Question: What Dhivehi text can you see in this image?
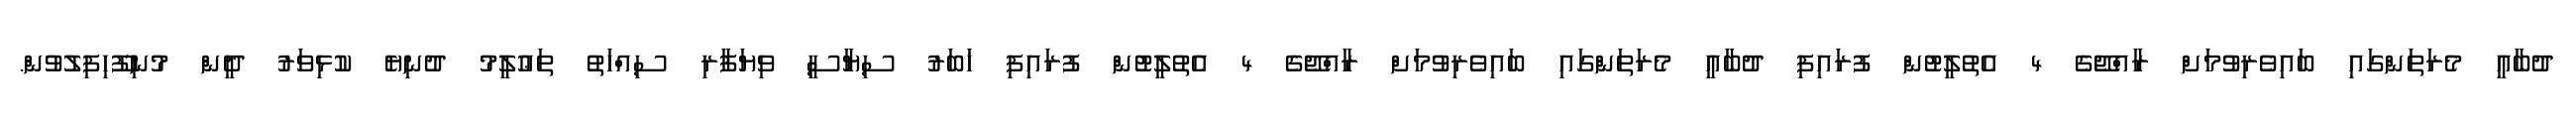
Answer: ދުބާއީ މެރަތަންގައި ބައިވެރިވުމަށް ރާއްޖޭގެ 4 އެތުލީޓުން ފުރައިފި ދުބާއީ މެރަތަންގައި ބައިވެރިވުމަށް ރާއްޖޭގެ 4 އެތުލީޓުން ފުރައިފި ޚަބަރު ސިޔާސީ ވިޔަފާރި ސިއްހަތު ތަޢުލީމު ދުނިޔެ ކުޅިވަރު ދީން މުނިފޫހިފިލުވުން.